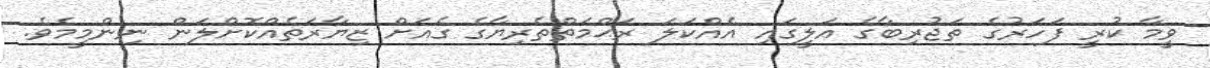
ވީމާ ކުރީ ފަހަރުގެ ތަޖުރިބާގެ އަލީގައި އެއްކަލަ ރަޙްމަތްތެރިޔާގެ ގެއަށް ޒިޔާރަތެއްކޮށްލަން ނިންމީމެވެ.